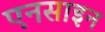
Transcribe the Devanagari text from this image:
एनसाइन